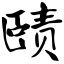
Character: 赜